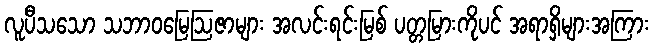
လူပီသသော သဘာဝမြေဩဇာများ အလင်းရင်းမြစ် ပတ္တမြားကိုပင် အရာရှိများအကြား